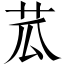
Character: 苽